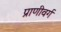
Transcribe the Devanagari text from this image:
प्राणीवर्ग